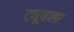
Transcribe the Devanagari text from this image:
ट्यूबला